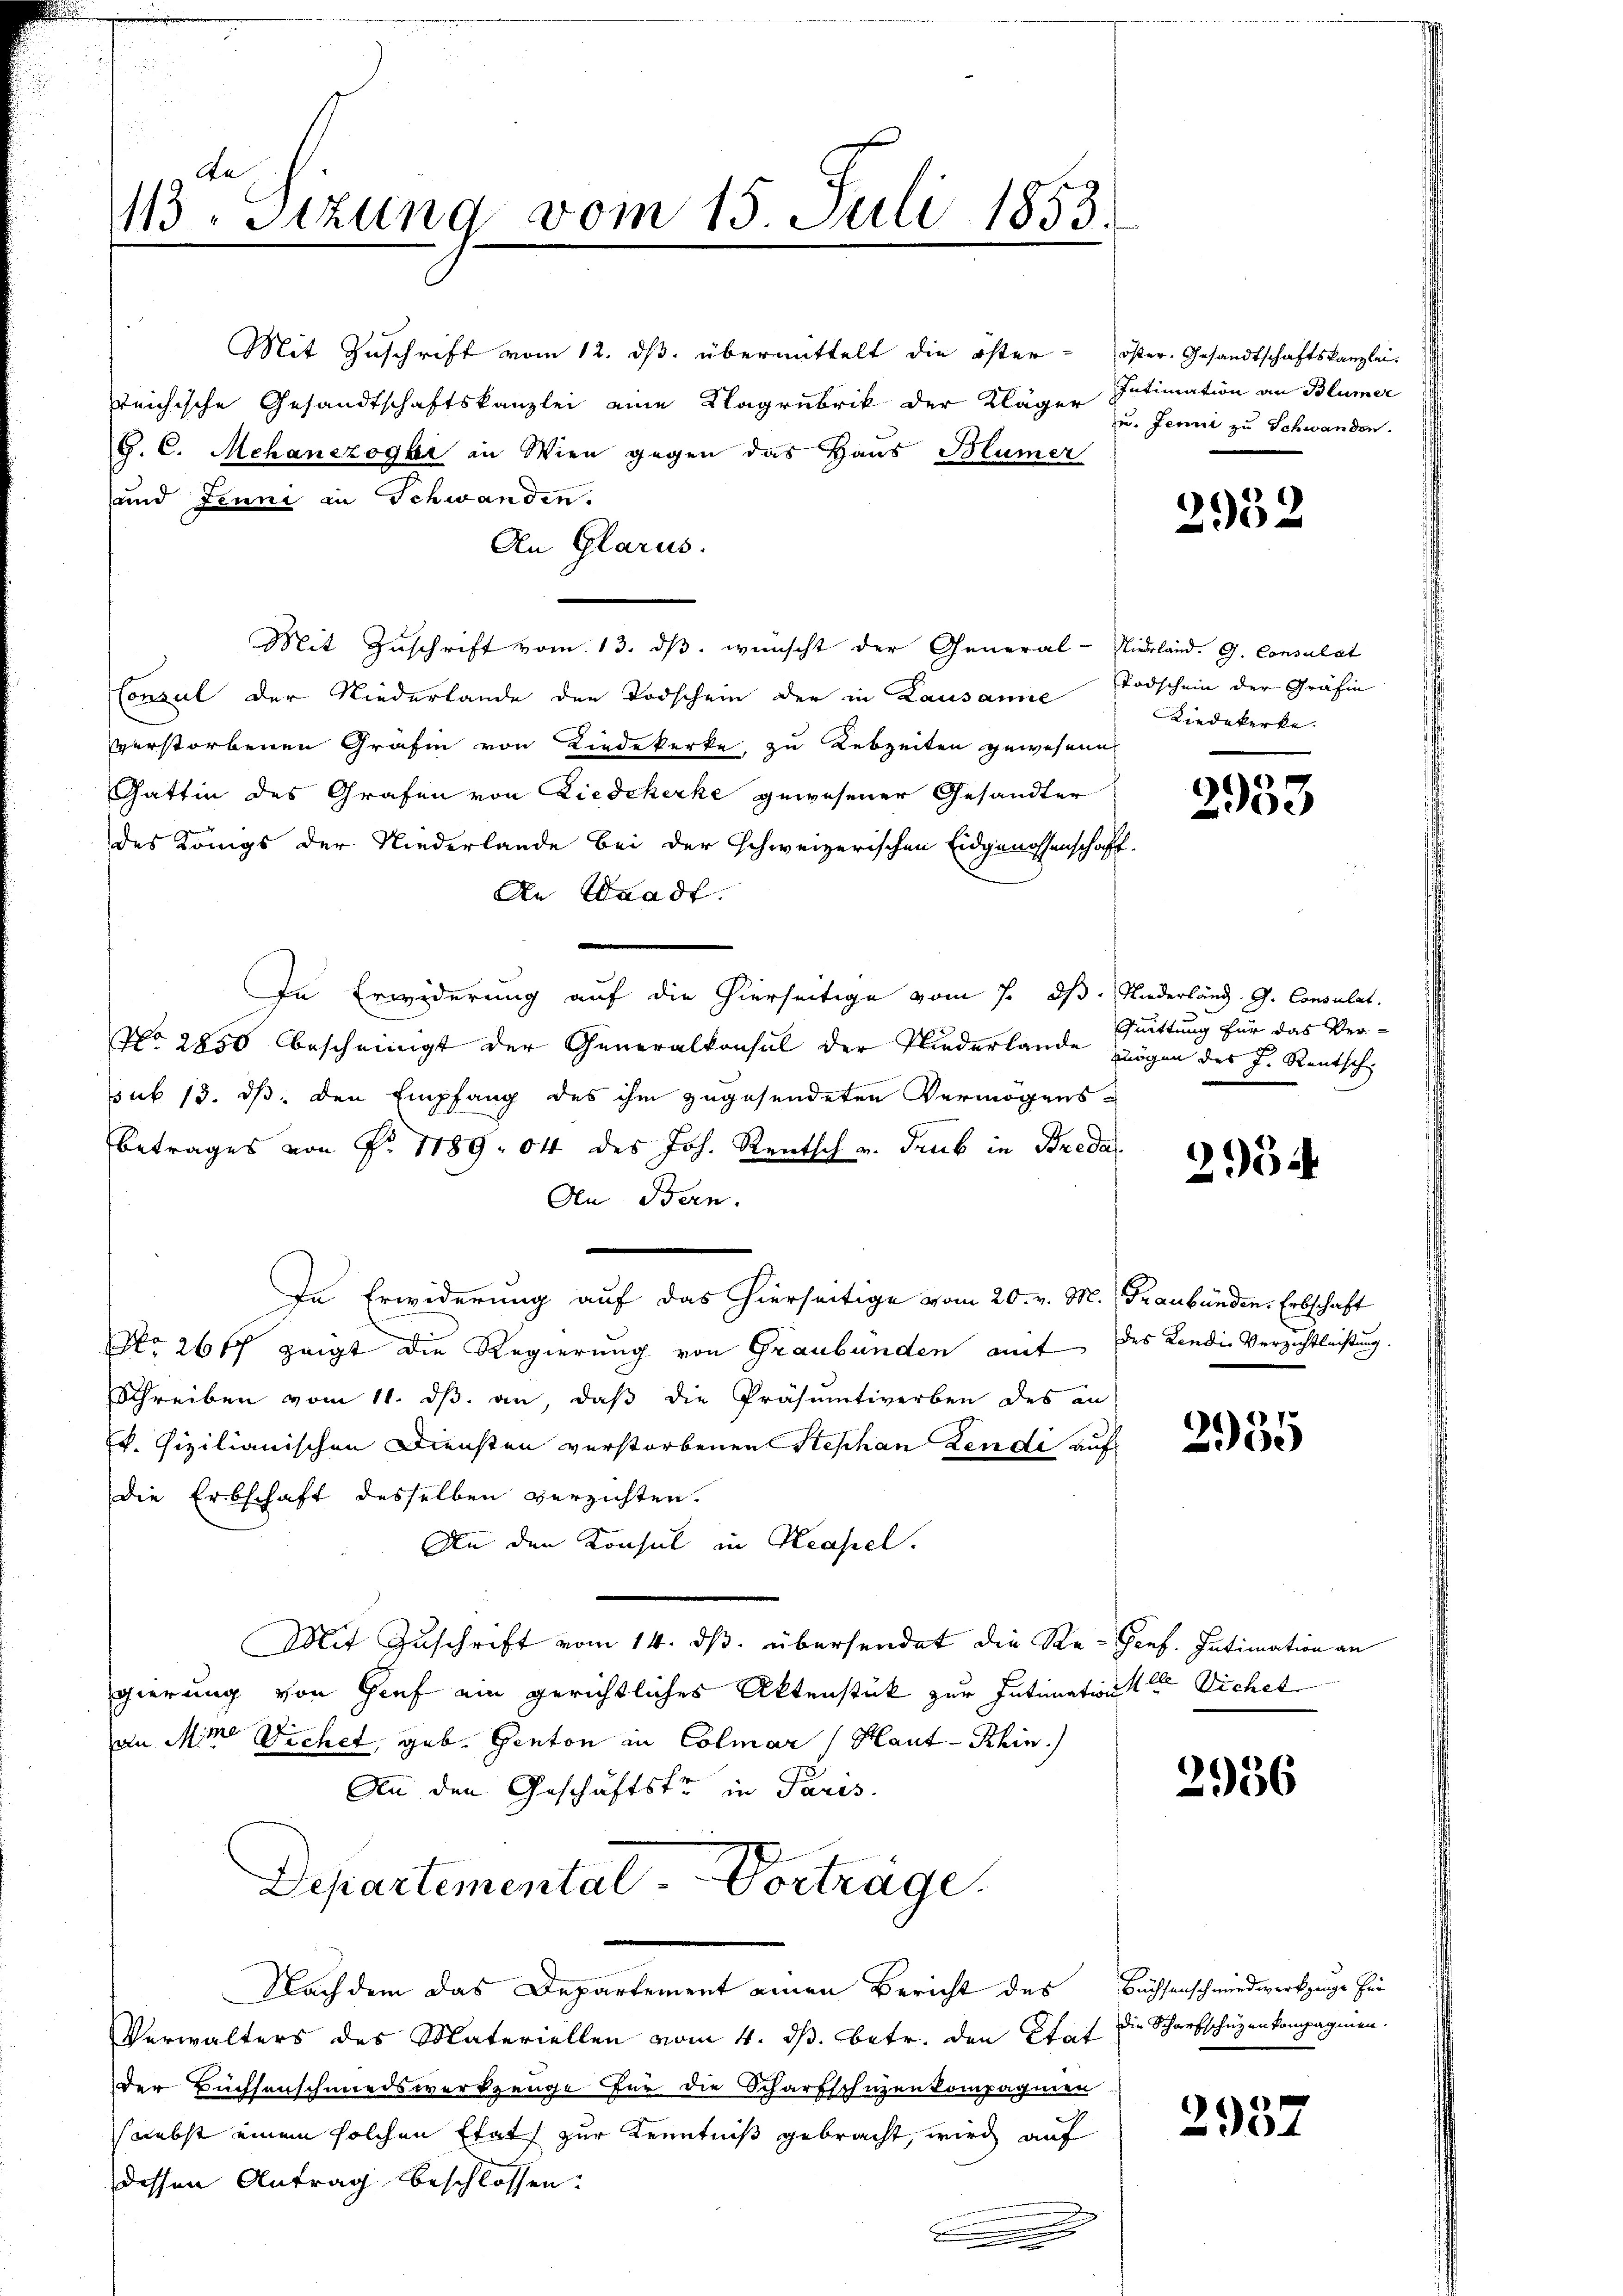
An
113. Sizung vom 15. Juli 1853.

reichische Gesandtschaftskanzlei eine Klagrubrik der Kläger Intimation an Blümer
G. C. Mehanezöger in Wien gegen das Haus Blümer
sund Jenni in Schwanden.
An Glarus.
Mit Zuschrift vom 13. ds. wünscht der General-Nieland. G. Consulat
Consul der Niederlande den Todschein der in Lausanne
verstorbenen Gräfin von Liedekerke zu Lebzeiten gewesene
Gattin des Grafen von Liedekerke gewesener Gesandter
des Königs der Niederlande bei der schweizerischen Eidgenossenschaft-
An Waadt.
In Erwiderung auf die hierseitige vom 7. dß. Niederländ. G. Consulat
No. 2850 bescheinigt der Generalkonsul der Niederlande mögen des J. Rentsch
sub 13. ds. den Empfang des ihm zugesendeten Vermögens¬
Betrages von Fr. 1789. 04 des Joh. Rentsch u. dank in Breda
An Bern.
e
In Erwiderung auf das hierseitige vom 20. v. M. Graubünden. Erbschaft
No 26 ff zeigt die Regierung von Graubünden amt des Kandie Verzichtleistung.
Schreiben vom 11. dβ an, daβ die Präsumtiverben des an
r. sizilianischen Diensten verstorbenen Stephan Lendi auf
Die Erbschaft desselben verzichten.
An den Konsul in Hasel.
Mit Zuschrift vom 14. ds. übersendet die Re- Genf. Intimation an
gierung von Gief ein gerichtliches Aktenstück zur Intimation der Sichet
an Mine Dichet, geb. Genton in Colmar (Haut-Rhin.
An den Geschäftste in Paris.
Departemental-Vorträge.
Nachdem das Departement einen Bericht des Büchsenschmiedwerkzeuge hei
Verwalters des Materiellen vom 4. dß. betr. den Staf die Scharfschuzenkompagnien.
der Büchsenschmiedswerkzeuge für die Scharfschüzenkompagnien
nebst einem solchen Etats zur Kenntniß gebracht, wird auf
dessen Antrag beschlossen:
.

Mit Zuschrift vom 12. ds. übermittelt die öster - öster. Gesandtschaftskanzlei-

u. Jenni zu Schwanden.

2952

Todschein der Gräfin
Riedekerke.

2953

Quittung für das Ver-

2954

2935

2956

2937